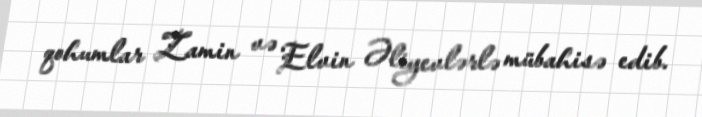
qohumlar Zamin və Elvin Əliyevlərlə mübahisə edib.